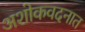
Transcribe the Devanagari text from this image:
अशोकवदनात